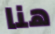
هنا